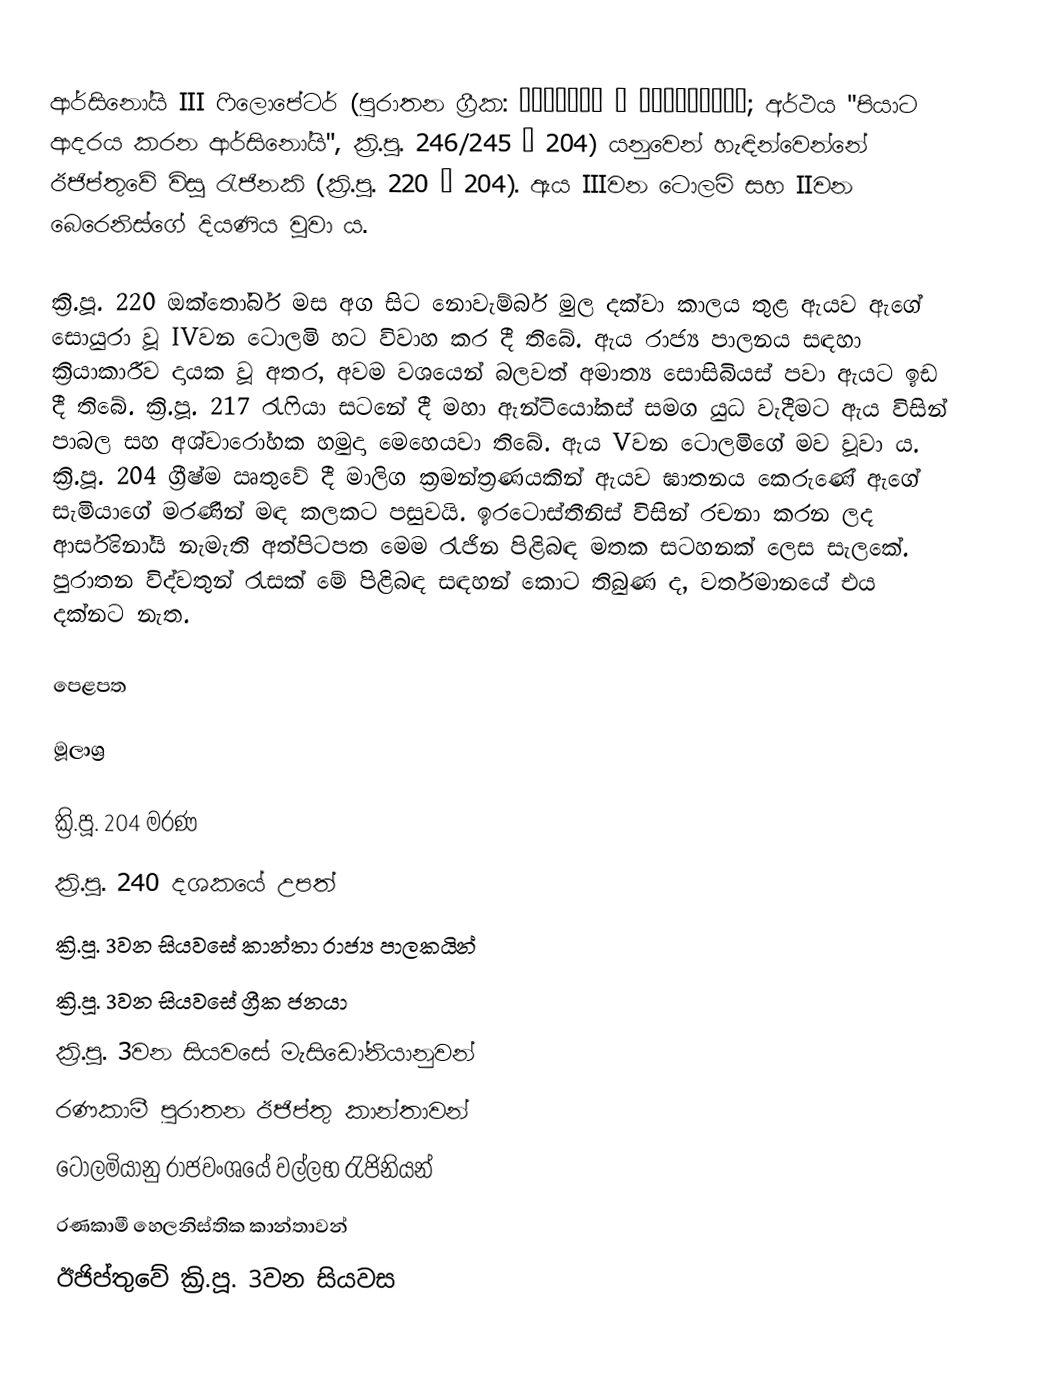
ආර්සිනෝයි III ෆිලොපේටර් (පුරාතන ග්‍රීක: Ἀρσινόη ἡ Φιλοπάτωρ; අර්ථය "පියාට ආදරය කරන ආර්සිනෝයි", ක්‍රි.පූ. 246/245 – 204) යනුවෙන් හැඳින්වෙන්නේ ඊජිප්තුවේ විසූ රැජිනකි (ක්‍රි.පූ. 220 – 204). ඇය IIIවන ටොලමි සහ IIවන බෙරෙනිස්ගේ දියණිය වූවා ය.

ක්‍රි.පූ. 220 ඔක්තෝබර් මස අග සිට නොවැම්බර් මුල දක්වා කාලය තුළ ඇයව ඇගේ සොයුරා වූ IVවන ටොලමි හට විවාහ කර දී තිබේ. ඇය රාජ්‍ය පාලනය සඳහා ක්‍රියාකාරීව දායක වූ අතර, අවම වශයෙන් බලවත් අමාත්‍ය සොසිබියස් පවා ඇයට ඉඩ දී තිබේ. ක්‍රි.පූ. 217 රැෆියා සටනේ දී මහා ඇන්ටියෝකස් සමග යුධ වැදීමට ඇය විසින් පාබල සහ අශ්වා‍රෝහක හමුදා මෙහෙයවා තිබේ. ඇය Vවන ටොලමිගේ මව වූවා ය. ක්‍රි.පූ. 204 ග්‍රීෂ්ම ඍතුවේ දී මාලිග ක්‍රමන්ත්‍රණයකින් ඇයව ඝාතනය කෙරුණේ ඇගේ සැමියාගේ මරණින් මඳ කලකට පසුවයි. ඉරටොස්තීනිස් විසින් රචනා කරන ලද ආර්සිනෝයි නැමැති අත්පිටපත මෙම රැජින පිළිබඳ මතක සටහනක් ලෙස සැලකේ. පුරාතන විද්වතුන් රැසක් මේ පිළිබඳ සඳහන් කොට තිබුණ ද, වර්තමානයේ එය දක්නට නැත.

පෙළපත

මූලාශ්‍ර

ක්‍රි.පූ. 204 මරණ
ක්‍රි.පූ. 240 දශකයේ උපත්
ක්‍රි.පූ. 3වන සියවසේ කාන්තා රාජ්‍ය පාලකයින්
ක්‍රි.පූ. 3වන සියවසේ ග්‍රීක ජනයා
ක්‍රි.පූ. 3වන සියවසේ මැසිඩෝනියානුවන්
රණකාමී පුරාතන ඊජිප්තු කාන්තාවන්
ටොලමියානු රාජවංශයේ වල්ලභ රැජිනියන්
රණකාමී හෙලනිස්තික කාන්තාවන්
ඊජිප්තුවේ ක්‍රි.පූ. 3වන සියවස